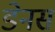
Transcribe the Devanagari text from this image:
डेनस